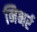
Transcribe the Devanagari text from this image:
निभर्र